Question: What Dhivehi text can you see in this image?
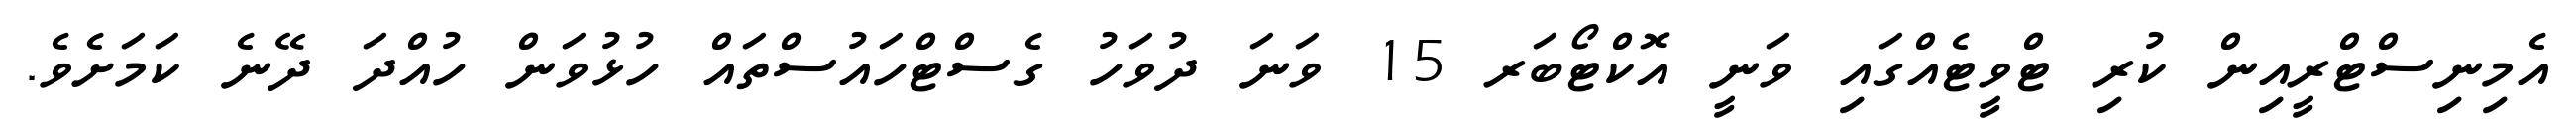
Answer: އެމިނިސްޓްރީއިން ކުރި ޓްވީޓެއްގައި ވަނީ އޮކްޓޯބަރ 15 ވަނަ ދުވަހު ގެސްޓްހައުސްތައް ހުޅުވަން ހުއްދަ ދޭނެ ކަމަށެވެ.